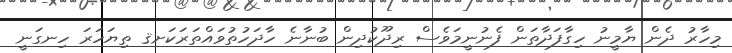
މިހާރު ދެން ޔާމީނު ހިގާފަދާތަން ފެނުނީމަވެސް ރިދޫކުދިން ބުނާނެ ހާދަހުތުވައްތަރަކަށޤ ތިޔަހަރަ ހިނގަނީ